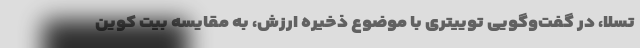
تسلا، در گفت‌و‌گویی توییتری با موضوع ذخیره ارزش، به مقایسه بیت کوین